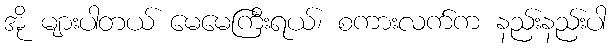
အို များပါတယ် မေမေကြီးရယ်၊ စကားလက်က နည်းနည်းပါ